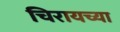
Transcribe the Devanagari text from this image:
चिरायच्या